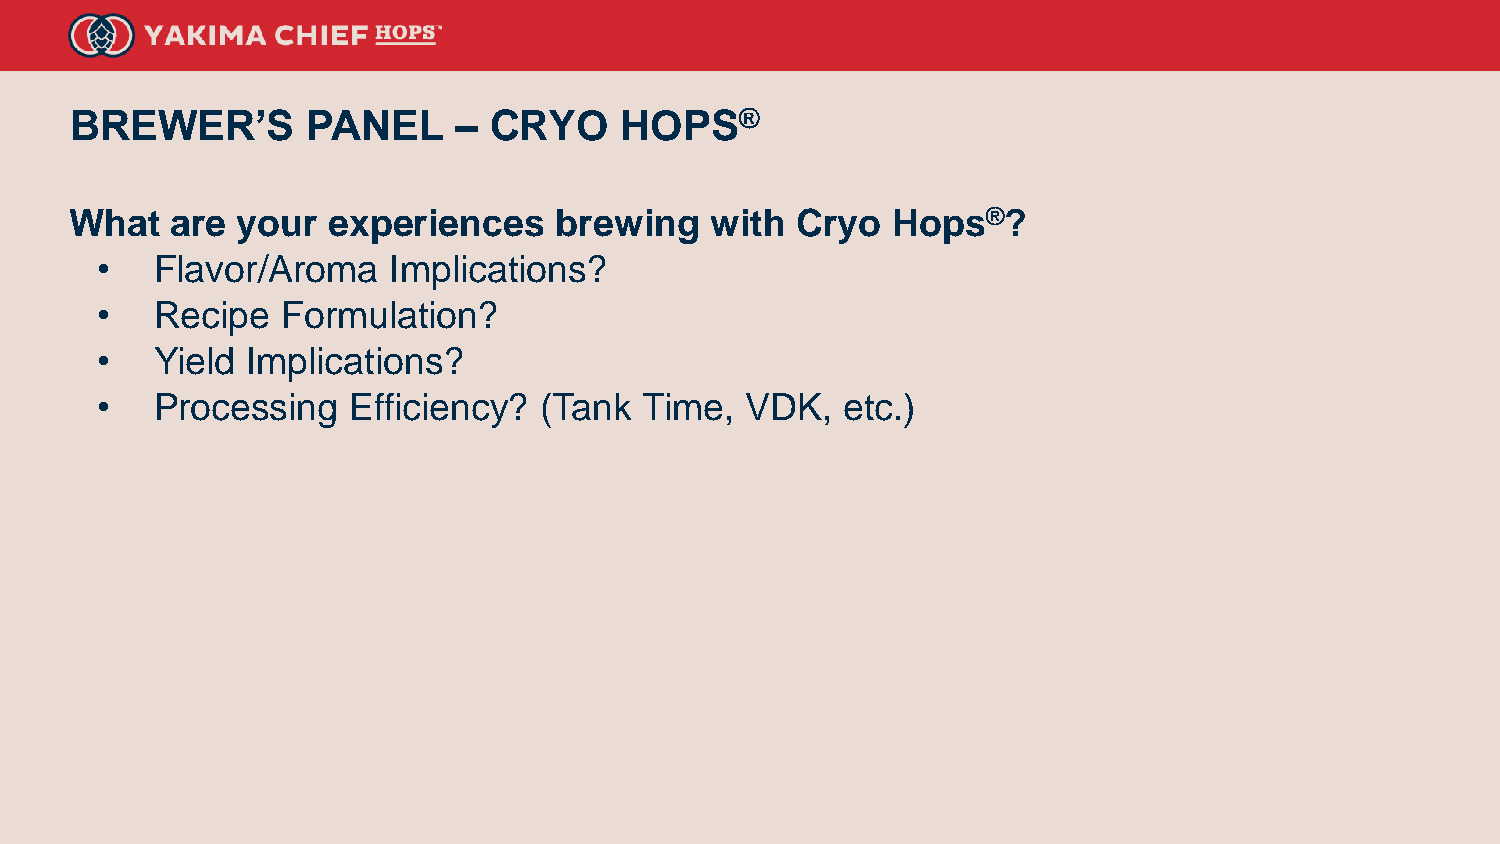
BREWER’S       PANEL     – CRYO     HOPS®
 What  are  your  experiences    brewing   with  Cryo  Hops®?
 •   Flavor/Aroma    Implications?
 •   Recipe   Formulation?
 •   Yield Implications?
 •   Processing   Efficiency?  (Tank  Time, VDK,   etc.)